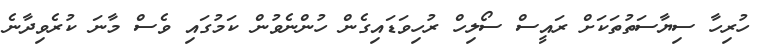
ހުރިހާ ސިޔާސަތުތަކަށް ރައީސް ސޯލިހް ރުހިވަޑައިގެން ހުންނެވުން ކަމުގައި ވެސް މާނަ ކުރެވިދާނެ